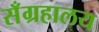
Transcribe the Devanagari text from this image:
सँग्रहालय